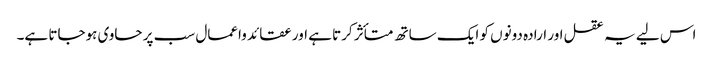
اس لیے یہ عقل اور ارادہ دونوں کو ایک ساتھ متأثر کرتا ہے اور عقائد واعمال سب پر حاوی ہوجاتا ہے۔